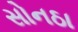
સોનઠા